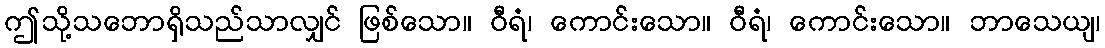
ဤသို့သဘောရှိသည်သာလျှင် ဖြစ်သော။ ဝီရံ၊ ကောင်းသော။ ဝီရံ၊ ကောင်းသော။ ဘာသေယျ၊